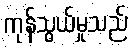
ကုန်သွယ်မှုသည်